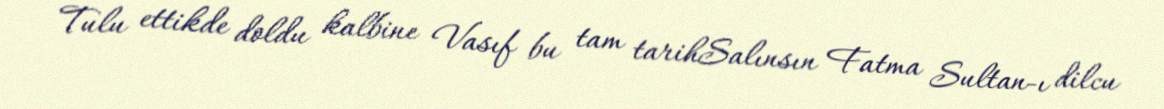
Tulu ettikde doldu kalbine Vasıf bu tam tarihSalınsın Fatma Sultan-ı dilcu